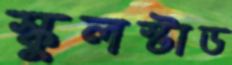
স্কুলস্টাড